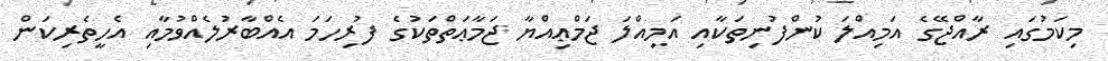
މިކަމުގައި ރާއްޖޭގެ އަމިއްލަ ކުންފުނިތަކާއި އަމިއްލަ ޖަމްޢިއްޔާ ޖަމާޢަތްތަކުގެ ފުރިހަމަ އެއްބާރުލެއްވުމާއި އެހީތެރިކަން